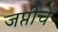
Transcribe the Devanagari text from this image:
जप्तीचे